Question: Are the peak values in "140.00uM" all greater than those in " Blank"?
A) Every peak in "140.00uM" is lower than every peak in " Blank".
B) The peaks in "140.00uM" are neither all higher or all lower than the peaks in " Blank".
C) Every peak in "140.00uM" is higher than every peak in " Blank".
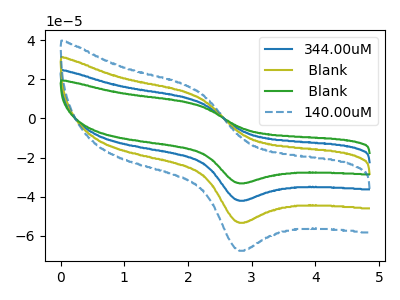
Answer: <think>The blue curve "344.00uM" has an anodic peak at (2.15V, 22.70uA) and a cathodic peak at (2.80V, -106.15uA). The olive curve " Blank" has an anodic peak at (2.15V, 11.35uA) and a cathodic peak at (2.80V, -53.10uA). The green curve " Blank" has an anodic peak at (2.15V, 34.10uA) and a cathodic peak at (2.80V, -159.25uA). The blue dashed curve "140.00uM" has an anodic peak at (2.15V, 14.40uA) and a cathodic peak at (2.80V, -67.30uA).</think>
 <answer>C) Every peak in "140.00uM" is higher than every peak in " Blank".</answer>
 <eval>C</eval>